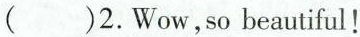
()2.Wow, sobeautiful!